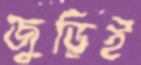
জুড়িই